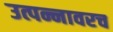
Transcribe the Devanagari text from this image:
उत्पन्नावरच